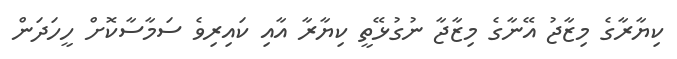
ކިޔާރާގެ މިޒާޖު އޭނާގެ މިޒާޖާ ނުގުޅޭތީ ކިޔާރާ އާއި ކައިރިވެ ސަމާސާކޮށް ހީހަދަން